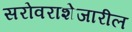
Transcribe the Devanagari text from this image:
सरोवराशेजारील